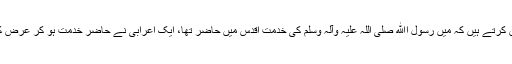
حضرت ابی بن کعب رضی اﷲ عنہ بیان کرتے ہیں کہ میں رسول اﷲ صلی اللہ علیہ وآلہ وسلم کی خدمت اقدس میں حاضر تھا، ایک اعرابی نے حاضر خدمت ہو کر عرض کی یارسول اﷲ صلی اللہ علیہ وآلہ وسلم !